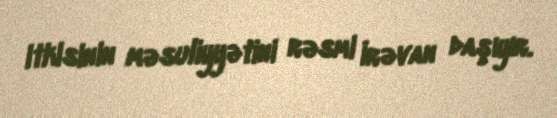
itkisinin məsuliyyətini rəsmi İrəvan daşıyır.